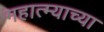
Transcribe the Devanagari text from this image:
महात्म्याच्या